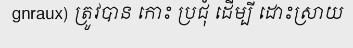
gnraux) ត្រូវបាន កោះ ប្រជុំ ដើម្បី ដោះស្រាយ